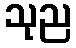
သုည